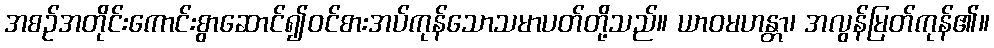
အစဉ်အတိုင်းကောင်းစွာဆောင်၍ဝင်စားအပ်ကုန်သောသမာပတ်တို့သည်။ ယာဝမဟန္တာ၊ အလွန်မြတ်ကုန်၏။